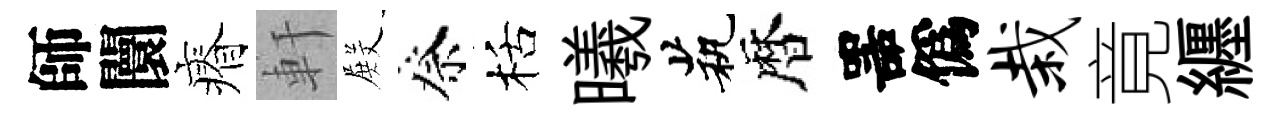
師闤瘠軒𭮺祭栝曦茕暦噐僞栽竟纒